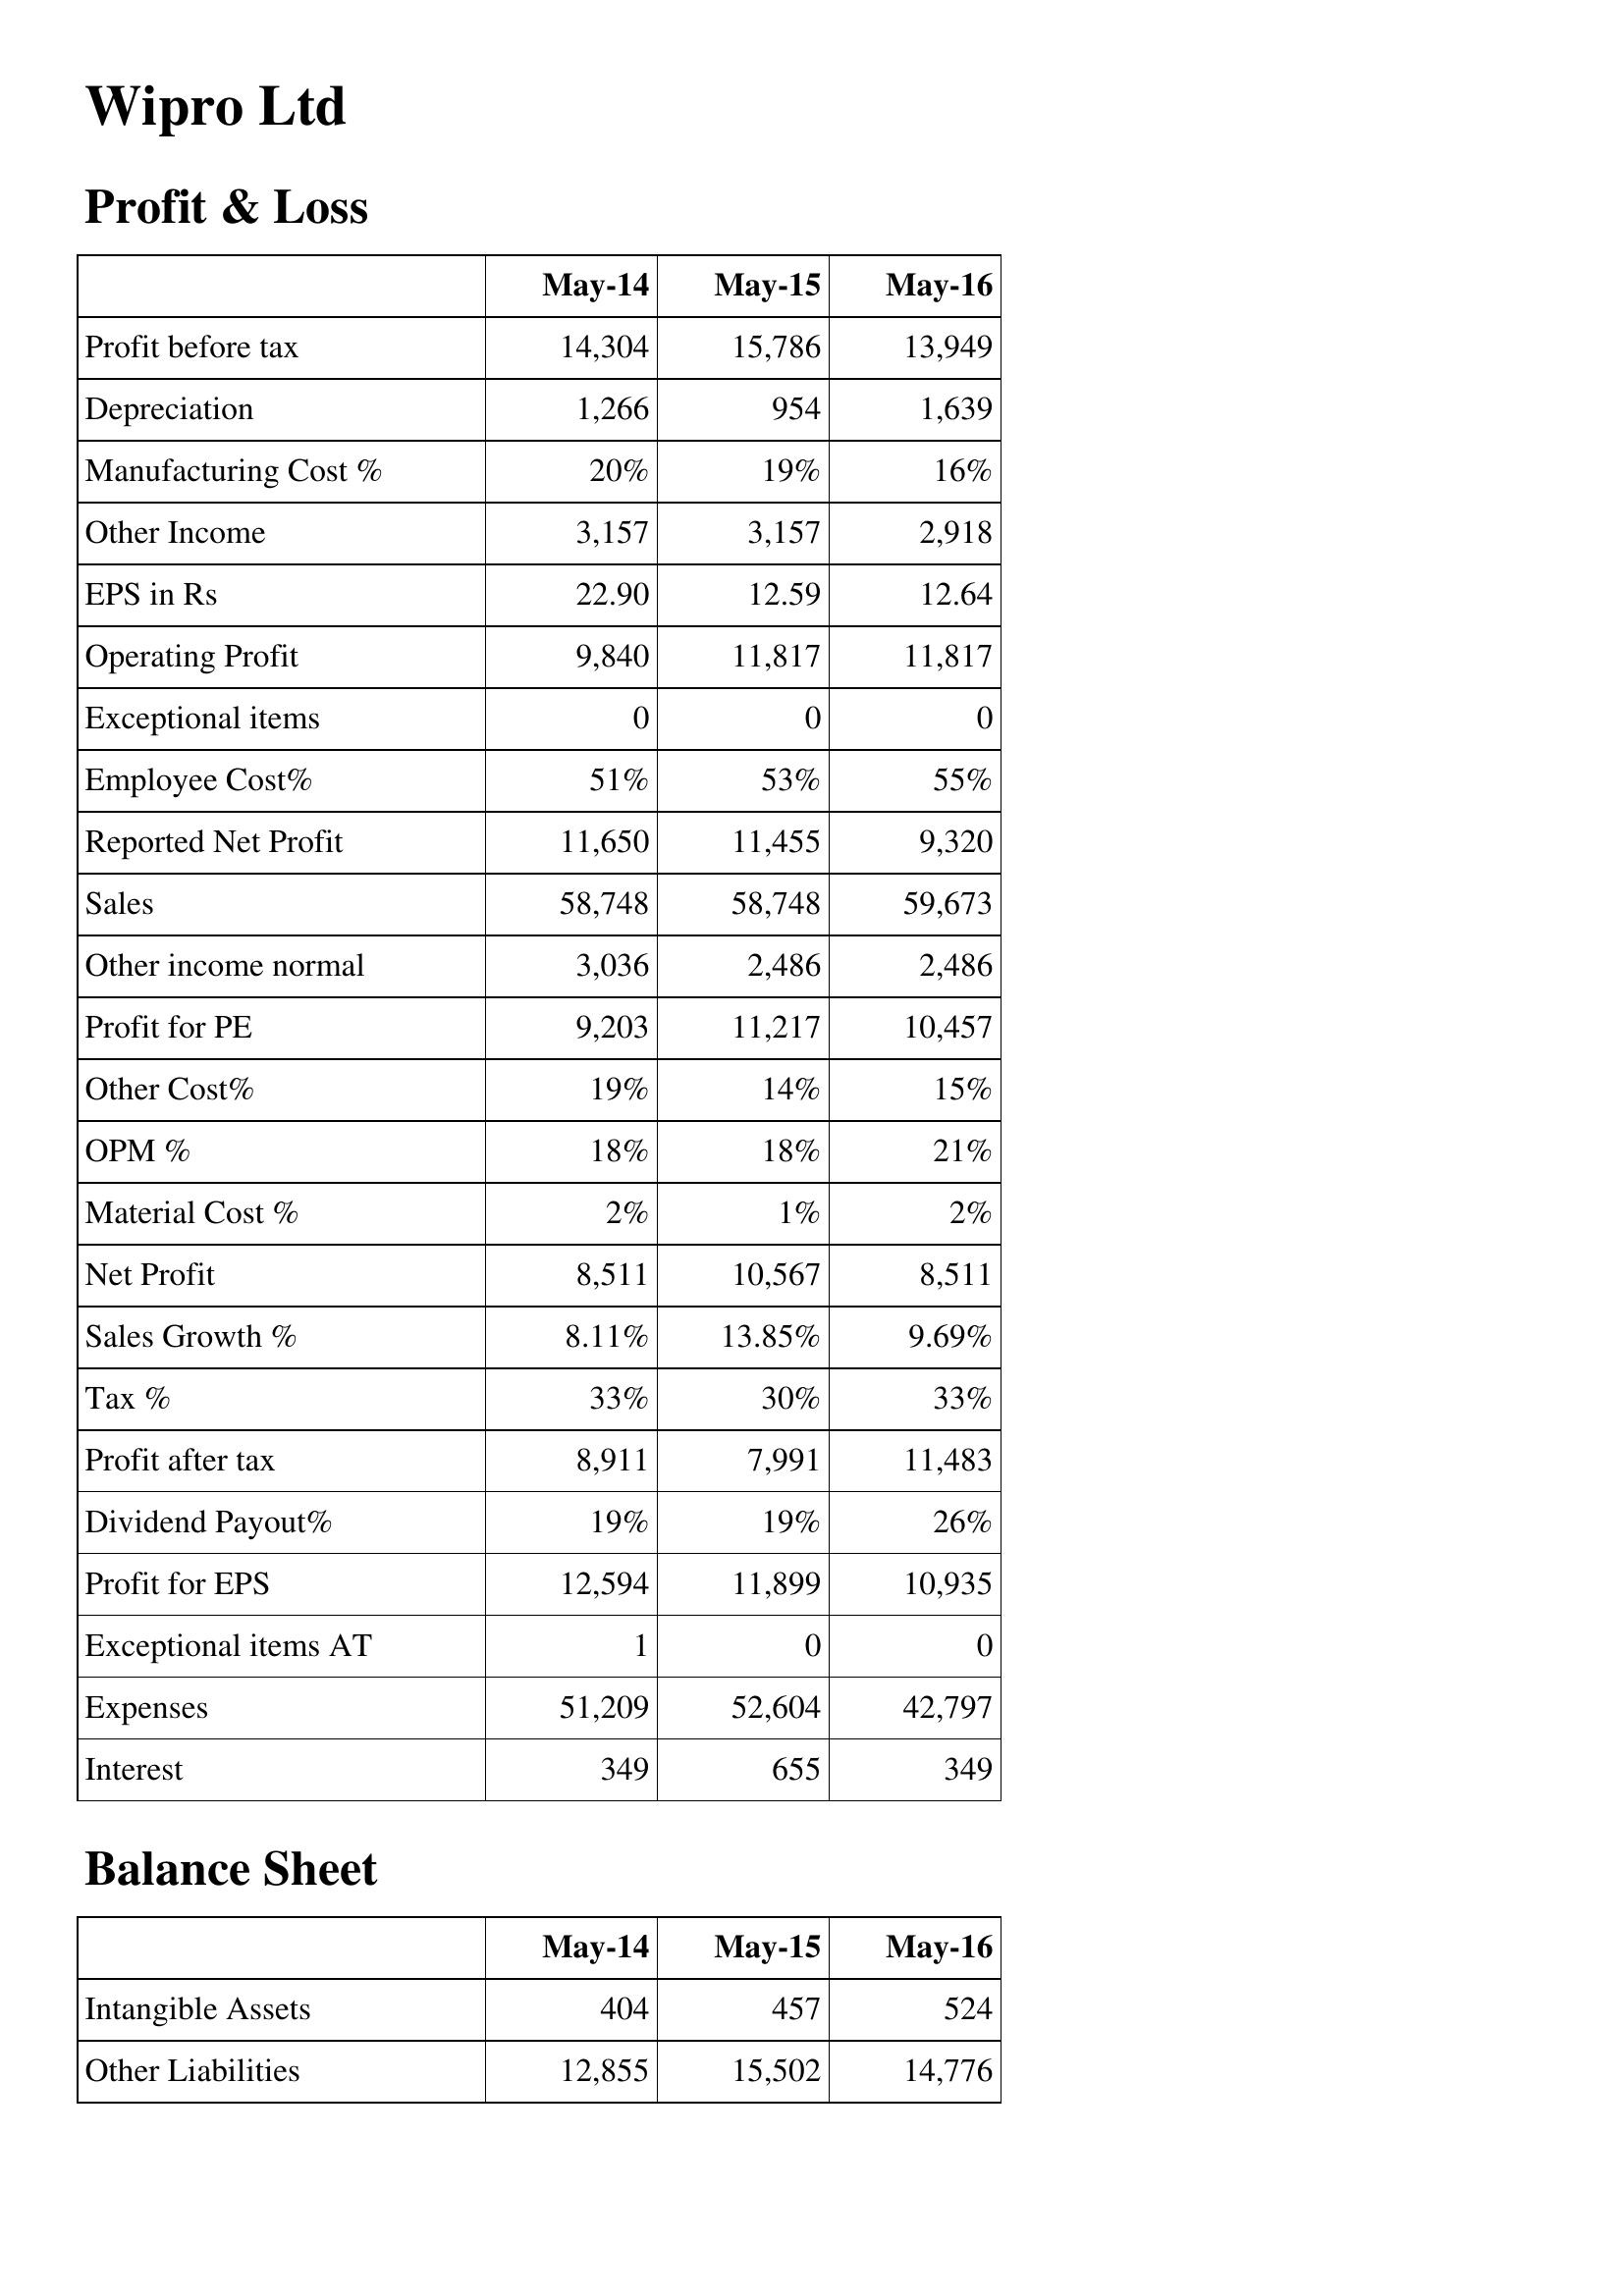
May-14: Profit & Loss: Profit before tax: 14,304
Depreciation: 1,266
Manufacturing Cost %: 20%
Other Income: 3,157
EPS in Rs: 22.90
Operating Profit: 9,840
Exceptional items: 0
Employee Cost%: 51%
Reported Net Profit: 11,650
Sales: 58,748
Other income normal: 3,036
Profit for PE: 9,203
Other Cost%: 19%
OPM %: 18%
Material Cost %: 2%
Net Profit: 8,511
Sales Growth %: 8.11%
Tax %: 33%
Profit after tax: 8,911
Dividend Payout%: 19%
Profit for EPS: 12,594
Exceptional items AT: 1
Expenses: 51,209
Interest: 349
Balance Sheet: Intangible Assets: 404
Other Liabilities: 12,855
May-15: Profit & Loss: Profit before tax: 15,786
Depreciation: 954
Manufacturing Cost %: 19%
Other Income: 3,157
EPS in Rs: 12.59
Operating Profit: 11,817
Exceptional items: 0
Employee Cost%: 53%
Reported Net Profit: 11,455
Sales: 58,748
Other income normal: 2,486
Profit for PE: 11,217
Other Cost%: 14%
OPM %: 18%
Material Cost %: 1%
Net Profit: 10,567
Sales Growth %: 13.85%
Tax %: 30%
Profit after tax: 7,991
Dividend Payout%: 19%
Profit for EPS: 11,899
Exceptional items AT: 0
Expenses: 52,604
Interest: 655
Balance Sheet: Intangible Assets: 457
Other Liabilities: 15,502
May-16: Profit & Loss: Profit before tax: 13,949
Depreciation: 1,639
Manufacturing Cost %: 16%
Other Income: 2,918
EPS in Rs: 12.64
Operating Profit: 11,817
Exceptional items: 0
Employee Cost%: 55%
Reported Net Profit: 9,320
Sales: 59,673
Other income normal: 2,486
Profit for PE: 10,457
Other Cost%: 15%
OPM %: 21%
Material Cost %: 2%
Net Profit: 8,511
Sales Growth %: 9.69%
Tax %: 33%
Profit after tax: 11,483
Dividend Payout%: 26%
Profit for EPS: 10,935
Exceptional items AT: 0
Expenses: 42,797
Interest: 349
Balance Sheet: Intangible Assets: 524
Other Liabilities: 14,776